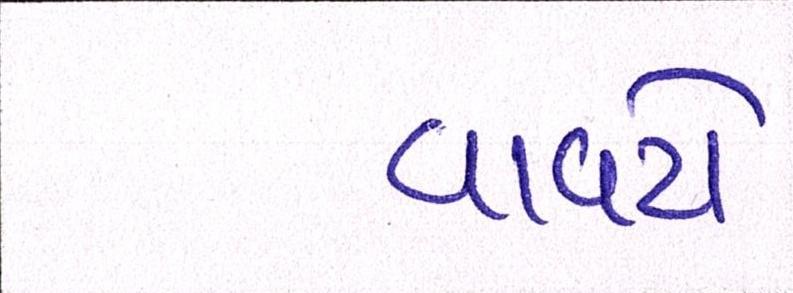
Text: વાવટો